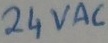
Text: 24VAC